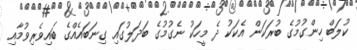
ކުލަބް ހިންގުމުގެ ބުރަކަން އެކަކު ދެ މީހަކު ނެގުމުގެ ބަދަލުގައި ގިނަބައެއްގެ ބައިވެރިވުމާއި